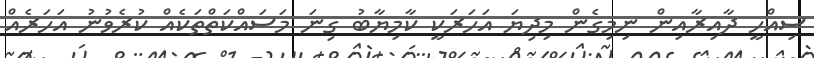
ސިއްހީ ދާއިރާއިން ނިމިގެން މިދިޔަ އަހަރަކީ ކާމިޔާބު ގިނަ މަސައްކަތްތަކެއް ކުރެވުނު އަހަރެއް